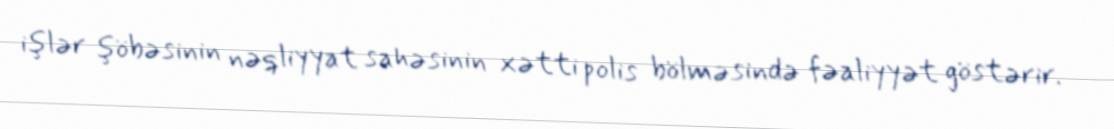
işlər şöbəsinin nəqliyyat sahəsinin xətti polis bölməsində fəaliyyət göstərir.